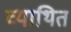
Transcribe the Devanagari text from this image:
व्याथित